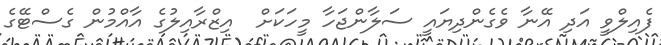
ފެއިލްވީ އަދި އޭނާ ވެގެންދިޔައީ ސަލާންޖަހާ މީހަކަށް  އިޒްރާއިލުގެ އާއްމުން ގެސްޓޭގެ